Indian journal of veterinary science and animal husbandry - Volume 6,
Year: 1936
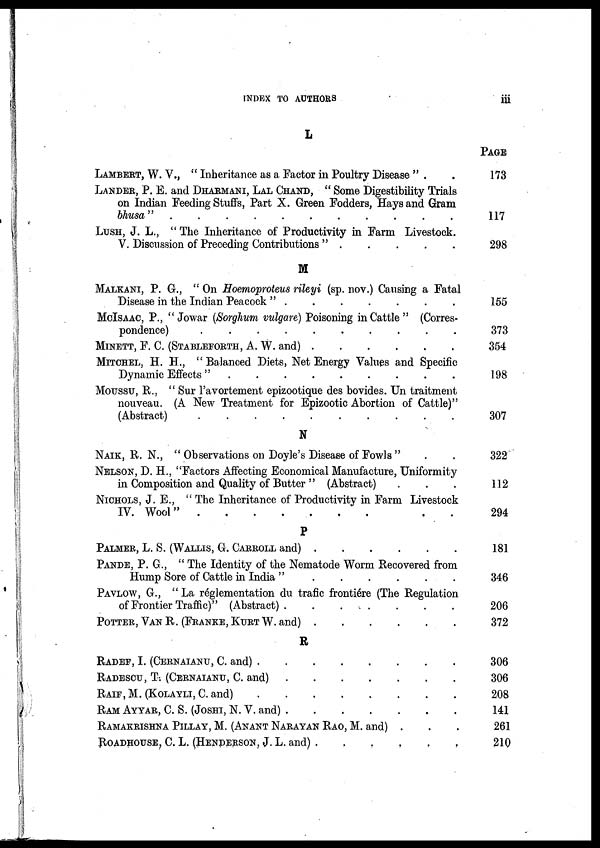
INDEX TO AUTHORS
iii
L
LAMBERT, W. V., " Inheritance as a Factor in Poultry Disease " .
LANDER, P. E. and DHARMANI, LAL CHAND, " Some Digestibility Trials
on Indian Feeding Stuffs, Part X. Green Fodders, Hays and Gram
bhusa"
...........
LUSH, J. L., "The Inheritance of Productivity in Farm Livestock.
V. Discussion of Preceding Contributions "
M
MALKANI, P. G., " On Hoemoproteus rileyi (sp. nov.) Causing a Fatal
Disease in the Indian Peacock " .
McISAAC, P., " Jowar (Sorghum vulgare) Poisoning in Cattle" (Corres-
pondence)
MINETT, F. C. (STABLEFORTH, A. W. and)
MITCHEL, H. H., " Balanced Diets, Net Energy Values and Specific
MOUSSU, R., " Sur Pavortement epizootique des bovides. Untraitment
nouveau. (A New Treatment for Epizootic Abortion of Cattle)"
(Abstract)
N
NAIK, R. N., " Observations on Doyle's Disease of Fowls "
NELSON, D. H., "Factors Affecting Economical Manufacture, Uniformity
in Composition and Quality of Butter " (Abstract)
NICHOLS, J. E., " The Inheritance of Productivity in Farm Livestock
IV. Wool"
.
.
P
PALMER, L. S. (WALLIS, G. CARROLL and)
PANDE, P. G., " The Identity of the Nematode Worm Recovered from
Hump Sore of Cattle in India "
PAVLOW, G., " La réglementation du trafic frontiére (The Regulation
of Frontier Traffic)" (Abstract)
POTTER, VAN R. (FRANKE, KURT W. and)
R
RADEF, I. (CERNAIANU C. and)
RADESCU, T. (CERNAIANU, C. and)
RAIF,M.(KOLAYLI,C.and) ....
RAM AYYAR, C. S. (JOSHI, N. V. and)
RAMAKRISHNA PILLAY, M. (ANANT NARAYAN RAO, M. and) .. .
Roadhotjse, C. L. (Henderson, J. L. and)
PAGE
173
117
298
155
373
354
198
307
322
112
294
181
346
206
372
306
306
208
141
261
210